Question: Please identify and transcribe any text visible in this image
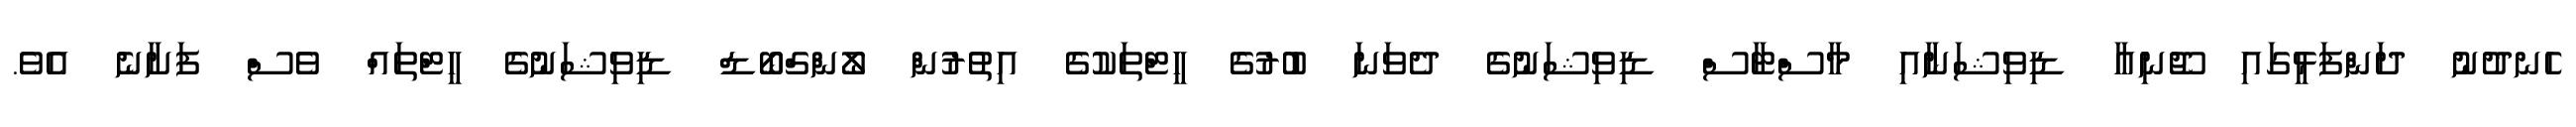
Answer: ހެނދުނު ދަންފަޅީގައި ޖޫނިއާ ޑިވިޝަނާއި މާސްޓާސް ޑިވިޝަނުގެ ދެވަނަ ބުރުގެ ހީޓްތަކުގެ އިތުރުން ލޯންގްބޯޑް ޑިވިޝަނުގެ ހީޓްތައް ވެސް ފަށާނެ އެވެ.